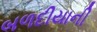
બળદીયાની